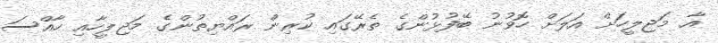
އާ މަޖިލީހަށް އަލަށް ހޮވުނު ބޭފުޅުންގެ ތެރޭގައި ކުރިން ރައްޔިތުންގެ މަޖިލީހާއި ހާއްސަ